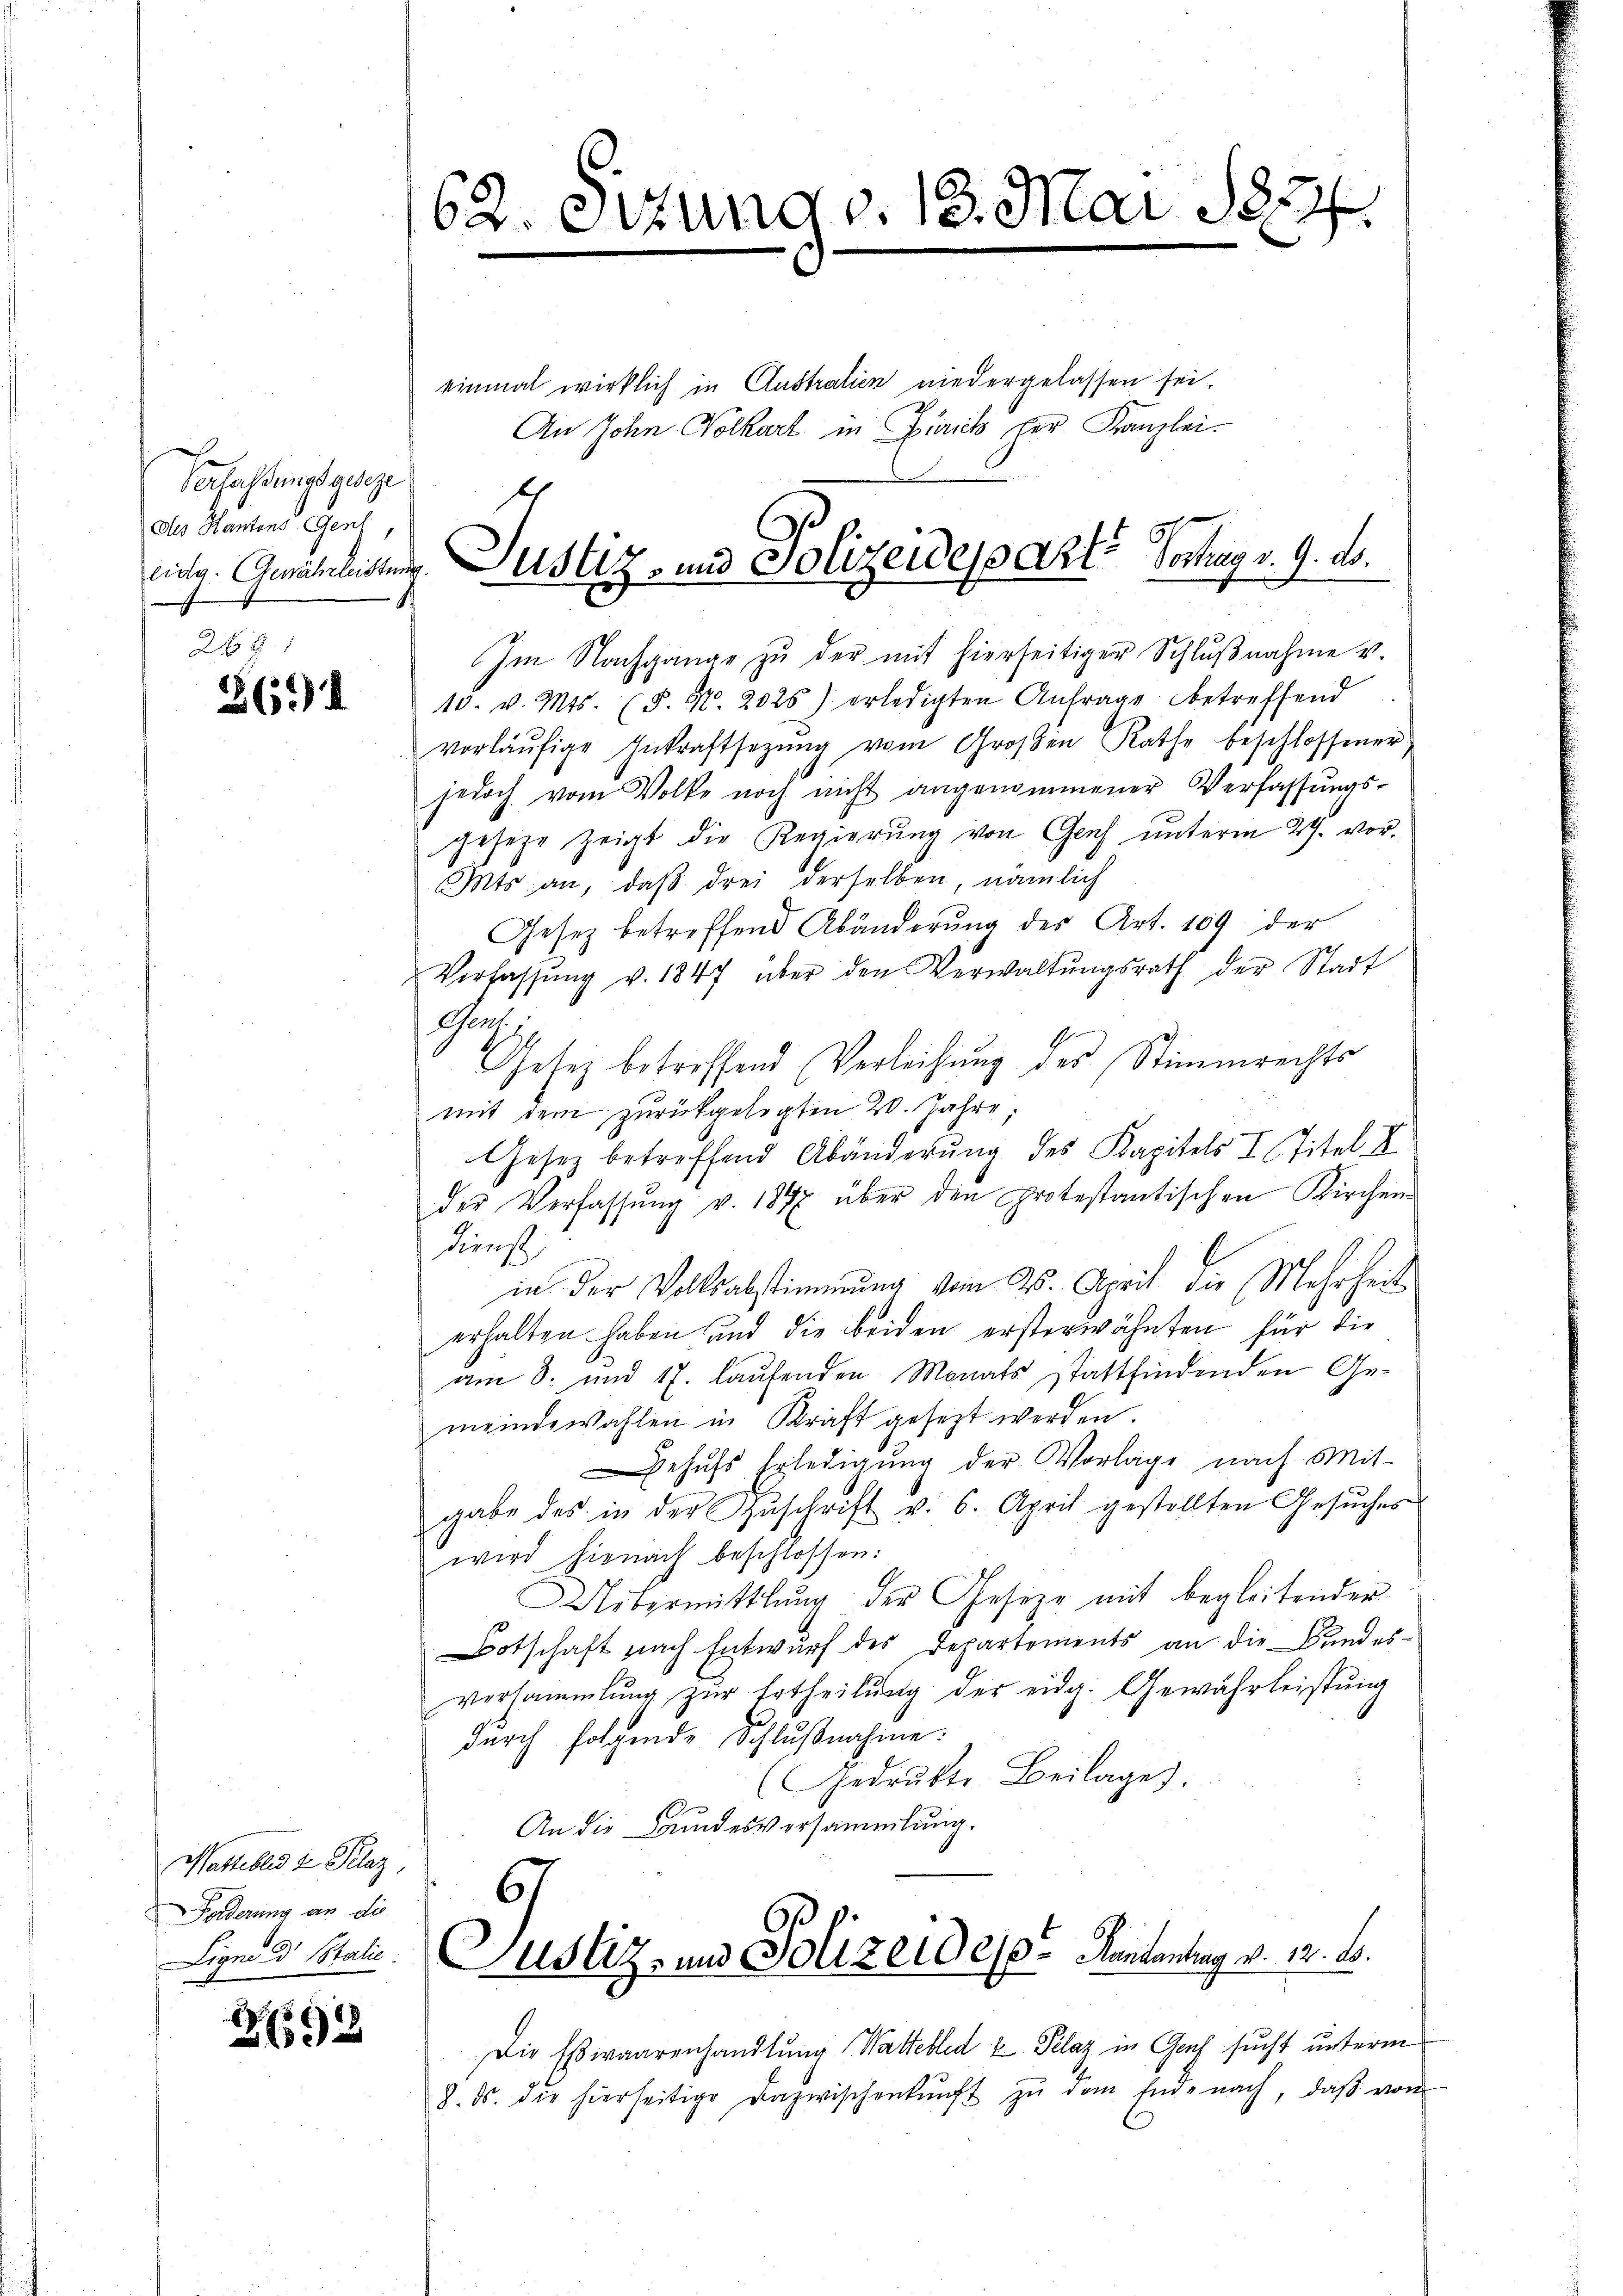
Verfassungsgeseze
Des Hantons Genf,

265)

Wattebled v. Plaz,
Forderung an die
Ligne d. Stalić.

2693

62. Sitzung v. 13. Mai 1874.

einmal wirklich in Australien niedergelassen sei.
An John Volkart in Zürich per Kanzlei.
s

eing. Genähnleitung. Justiz- und Polizeideparte Hochag v. 9. ds.

Im Nachgange zŭ der mit hierseitiger Schlŭβnahme v.
10. v. Mts. (S. Nr. 2025) erledigten Anfrage betreffend
vorläŭfige Inkraftsetzŭng vom Groβen Rathe beschlossener
jedoch vom Volke noch nicht angenommener Verfassŭngs-
Jeseze zeigt die Regierung von Genf unterm 27. vor¬
Mts an, daβ drei derselben, nämlich
Gesetz betreffend Abänderŭng des Art. 109 der
Verfassŭng v. 1847 über den Verwaltŭngsrath der Stadt
Ge
Gesez betreffend Verleihung des Stimmrechts
mit dem zurückgelegten 20. Jahre;
Gesetz betreffend Abänderung des Kapitels I Titel II
der Verfassŭng v. 1847 über den protestantischen Kirchen
Dienst
in der Vollsabstimmung vom 25. April die Mehrheit
erhalten haben und die beiden ersterwähnten für die
am 8. und 17. laufenden Monats stattfindenden Gemeindewahlen in Kraft gesetzt werden.
ehufs Erledigung der Vorlage nach Mit-
gabe des in der Zŭschrift v. 6. April gestellten Gesŭches
wird hienach beschlossen:
Uebermittlung der Gesetze mit begleitender
Botschaft nach Entwurf des Departements an die Bundes-
versammlung zur Ertheilung der eidg. Gewährleistung
durch folgende Schlŭβnahme:
(Gedrukte Beilage).
.
An die Landesversammlung.
67

Gustiz- und Polizeides Kantantrag v. 12. B.

Die Esswaarenhandlung Wattebled u Plaz in Genf sucht unterm
8. ds. die hierseitige Dazwischenkunft zŭ dem Ende nach, daβ von